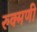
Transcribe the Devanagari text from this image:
रुक्‍मणी